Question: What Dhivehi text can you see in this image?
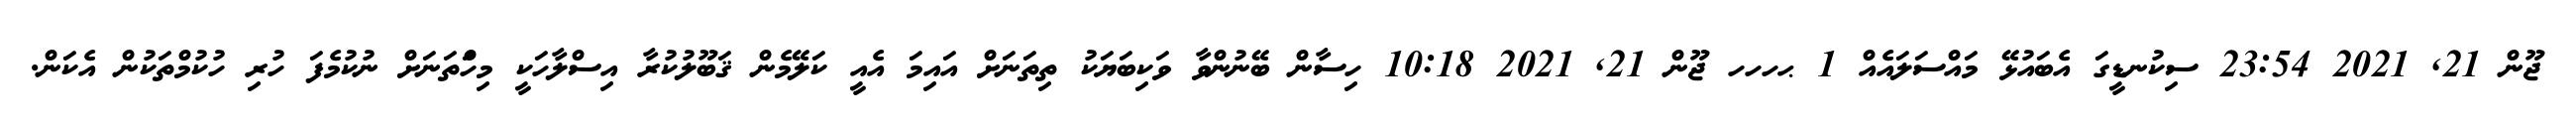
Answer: ޖޫން 21, 2021 23:54 ސިކުނޑީގަ އެބައުޅޭ މައްސަލައެއް 1 ޙހހހ ޖޫން 21, 2021 10:18 ހިސާން ބޭނުންވާ ވަކިބަޔަކު ތިތަނަށް އައިމަ އެއީ ކަލޭމެން ޤަބޫލުކުރާ އިސްލާހަކީ މިހަްތަނަށް ނުކުމެފަ ހުރި ހުކުމްތަކުން އެކަން.